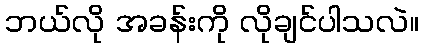
ဘယ်လို အခန်းကို လိုချင်ပါသလဲ။